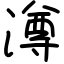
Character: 澊